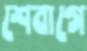
শেবাগে